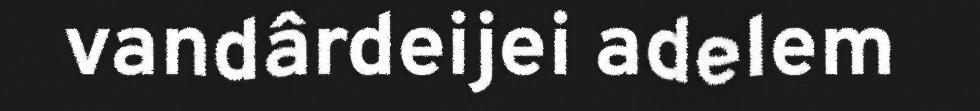
vandârdeijei adelem